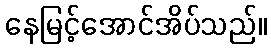
နေမြင့်အောင်အိပ်သည်။